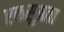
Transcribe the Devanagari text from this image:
एकसुत्रता